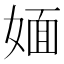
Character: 媔